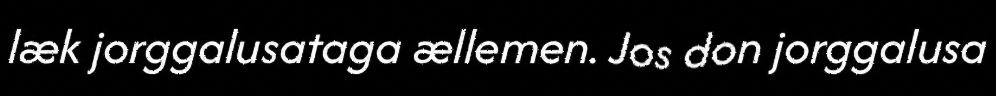
læk jorggalusataga ællemen. Jos don jorggalusa